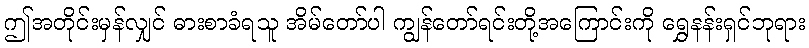
ဤအတိုင်းမှန်လျှင် ဓားစာခံရသူ အိမ်တော်ပါ ကျွန်တော်ရင်းတို့အကြောင်းကို ရွှေနန်းရှင်ဘုရား